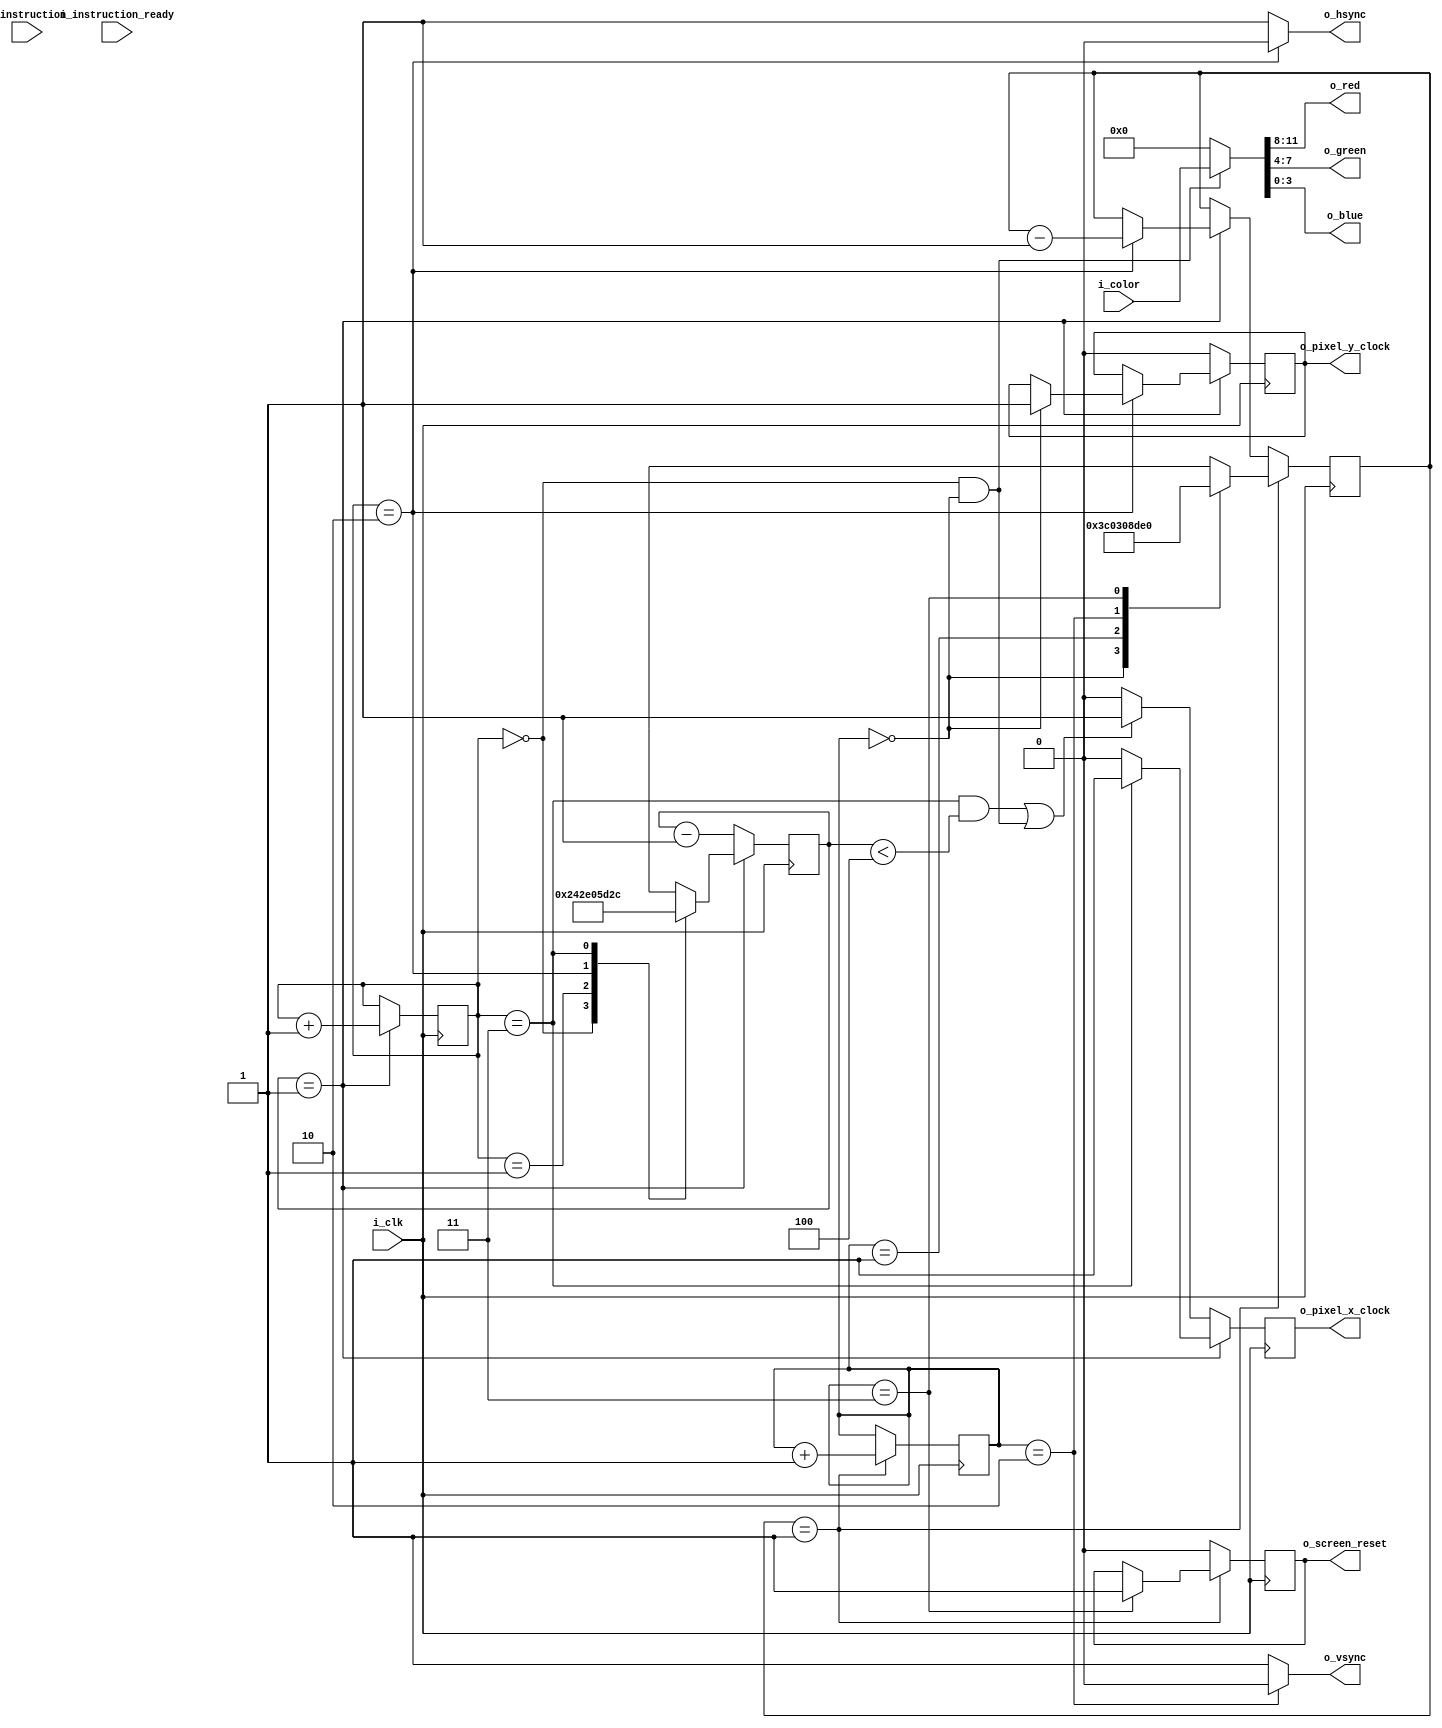
module signal_generator(i_clk,
	o_screen_reset, o_pixel_x_clock, o_pixel_y_clock, i_color,
	o_hsync, o_vsync,
	o_red, o_green, o_blue,
	i_instruction, i_instruction_ready);
	
	input wire i_clk;

	output reg o_screen_reset;
	output reg o_pixel_x_clock;
	output reg o_pixel_y_clock;
	input wire [11:0] i_color;

	output wire o_hsync, o_vsync;
	output wire [3:0] o_red;
	output wire [3:0] o_green;
	output wire [3:0] o_blue;

	/* verilator lint_off UNUSED */
	input wire [31:0] i_instruction;
	input wire i_instruction_ready;
	/* verilator lint_on UNUSED */

	wire [9:0] hor_pixel_clocks;
	wire [9:0] ver_pixels;

	wire [9:0] hsync_front_porch_clocks;
	wire [9:0] hsync_active_clocks;
	wire [9:0] hsync_back_porch_clocks;

	wire [9:0] vsync_front_porch_lines;
	wire [9:0] vsync_active_lines;
	wire [9:0] vsync_back_porch_lines;

	// vga timing inpixels
	// 640x480, 60Hz 25.175Mhz	
	// 		active video	| front porch	| sync	| back porch
	// hor: 640				| 16			| 96	| 48
	// ver: 480				| 11			| 2		| 31
	// with 12MHz clock, 1 clock pulse => 0.083us
	// 640x480 pixel takes 0.039us, so ~2 pixels per pulse
	assign hor_pixel_clocks = 300; // horizontal resolution pixels
	assign hsync_front_porch_clocks = 9;
	assign hsync_active_clocks = 46;
	assign hsync_back_porch_clocks = 23;

	// parameter ver_clock_pad = 75;
	assign vsync_front_porch_lines = 15;
	assign vsync_active_lines = 3;
	assign vsync_back_porch_lines = 35;

	assign ver_pixels = 480; // vertical resolution pixels

	localparam [1:0] PIXEL_DATA = 2'h0,
 		HSYNC_FRONT_PORCH = 2'h1,
		HSYNC_ACTIVE = 2'h2,
		HSYNC_BACK_PORCH = 2'h3,
		VSYNC_FRONT_PORCH = 2'h1,
		VSYNC_ACTIVE = 2'h2,
		VSYNC_BACK_PORCH = 2'h3;

	assign {o_red, o_green, o_blue} = (hor_state == PIXEL_DATA && ver_state == PIXEL_DATA) ? i_color : 12'h0;
	assign o_hsync = (hor_state == HSYNC_ACTIVE) ? 1'b0 : 1'b1;
	assign o_vsync = (ver_state == VSYNC_ACTIVE) ? 1'b0 : 1'b1;

	initial o_pixel_x_clock = 1'b0;
	initial o_pixel_y_clock = 1'b0;
	initial o_screen_reset = 1'b0;

	reg [1:0] hor_state;
	reg [1:0] ver_state;
	initial hor_state = PIXEL_DATA;
	initial ver_state = PIXEL_DATA;

	reg [9:0] hor_counter;
	reg [4:0] line_counter;
	initial hor_counter = hor_pixel_clocks;
	reg [9:0] ver_counter;
	initial ver_counter = ver_pixels;

	always @(posedge i_clk) begin
		o_pixel_x_clock <= 1'b0;
		if (hor_counter == 1) begin
			hor_state <= hor_state + 1;
			case(hor_state)
			PIXEL_DATA: hor_counter <= hsync_front_porch_clocks;
			HSYNC_FRONT_PORCH: hor_counter <= hsync_active_clocks;
			HSYNC_ACTIVE: begin 
				if (ver_state == PIXEL_DATA) begin
					o_pixel_y_clock <= 1'b1;
				end
				hor_counter <= hsync_back_porch_clocks;
				ver_counter <= ver_counter - 1;

				if (line_counter == 0) begin
					line_counter <= 10;
				end line_counter <= line_counter - 1;
			end
			HSYNC_BACK_PORCH: begin
				hor_counter <= hor_pixel_clocks;
				o_pixel_x_clock <= 1'b1;
			end
			endcase
		end else begin
			hor_counter <= hor_counter - 1;
			o_pixel_y_clock <= 1'b0;
			
			if ((hor_state == HSYNC_BACK_PORCH && hor_counter < 4) ||
				(hor_state == PIXEL_DATA && ver_state == PIXEL_DATA)) o_pixel_x_clock <= 1'b1;
		end

		if (ver_counter == 1) begin
			ver_state <= ver_state + 1;
			
			case(ver_state)
			PIXEL_DATA: ver_counter <= vsync_front_porch_lines;
			VSYNC_FRONT_PORCH: ver_counter <= vsync_active_lines;
			VSYNC_ACTIVE: ver_counter <= vsync_back_porch_lines;
			VSYNC_BACK_PORCH: begin
				ver_counter <= ver_pixels;
				line_counter <= 10;
				o_screen_reset <= 1'b1;
			end
			endcase
		end else o_screen_reset <= 1'b0;

	end

endmodule